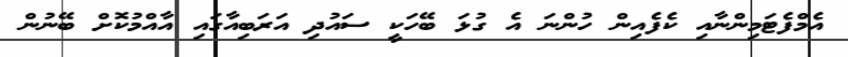
އެމްފެޓަމިންނާއި ކެފެއިން ހުންނަ އެ ގުޅަ ބޭހަކީ ސައުދި އަރަބިއާގައި އާއްމުކޮށް ބޭނުން